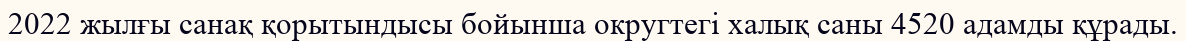
2022 жылғы санақ қорытындысы бойынша округтегі халық саны 4520 адамды құрады.